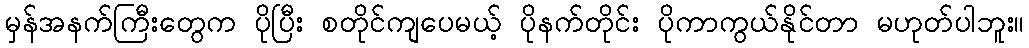
မှန်အနက်ကြီးတွေက ပိုပြီး စတိုင်ကျပေမယ့် ပိုနက်တိုင်း ပိုကာကွယ်နိုင်တာ မဟုတ်ပါဘူး။